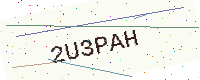
Text: 2U3PAH